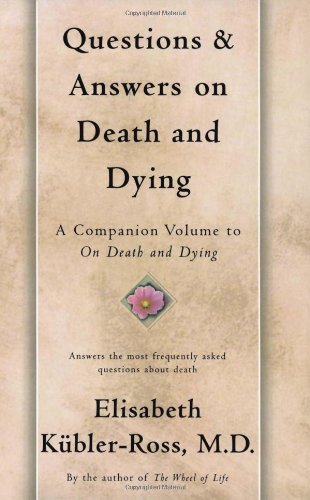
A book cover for Questions and Answers on Death and Dying; Elisabeth Kubler-Ross; Health, Fitness & Dieting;